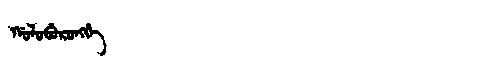
Manchu: ᡤᠣᠯᠣᠪᡠᡵᠣᠩᡤᡝ
Romanization: GOLOBURONGGE